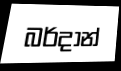
බර්දාන්